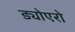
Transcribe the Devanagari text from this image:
ड्योएरो